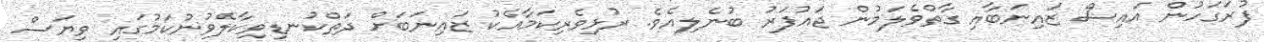
ފުރަގަހުން އައިސް ޒައިނަބާއި ގާތްވެލަމުން ޖައުފަރު ބުނެލިއެވެ. ރުޅިވެރިކަމާއެކު ޒައިނަބަށް ދަތްކުނޑިވިކާލެވުނުކަމުގައި ވިޔަސް